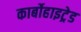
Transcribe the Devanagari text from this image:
कार्बोहाइट्रेड